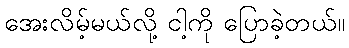
အေးလိမ့်မယ်လို့ ငါ့ကို ပြောခဲ့တယ်။